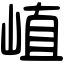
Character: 𡸜